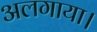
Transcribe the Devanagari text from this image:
अलगाया।